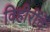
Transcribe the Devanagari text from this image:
विहीरींचे